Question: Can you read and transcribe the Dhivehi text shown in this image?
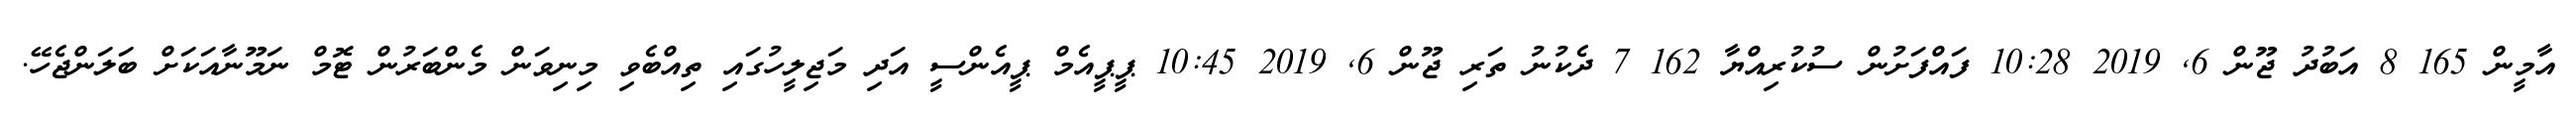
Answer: އާމީން 165 8 އަބުދު ޖޫން 6, 2019 10:28 ފައްފަށުން ސުކުރިއްޔާ 162 7 ދެކުނު ތަރި ޖޫން 6, 2019 10:45 ޕީޕީއެމް ޕީއެންސީ އަދި މަޖިލީހުގައި ތިއްބެވި މިނިވަން މެންބަރުން ޓޮމް ނަމޫނާއަކަށް ބަލަންޖެހޭ.